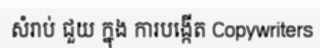
សំរាប់ ជួយ ក្នុង ការបង្កើត Copywriters